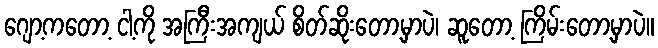
ဂျော့ကတော့ ငါ့ကို အကြီးအကျယ် စိတ်ဆိုးတော့မှာပဲ၊ ဆူတော့ ကြိမ်းတော့မှာပဲ။